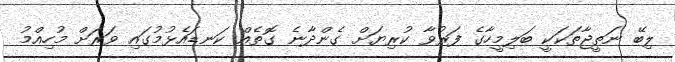
ލިބޭ ނަތީޖާތަކަކީ ބަލިމީހާގެ ފަރުވާ ކުރިޔަށް ގެންދާނެ ގޮތެއް ކަނޑައެޅުމުގައި ވަރަށް މުހިއްމު